Medical and sanitary report of the native army of Bengal for the year
Year: 1874
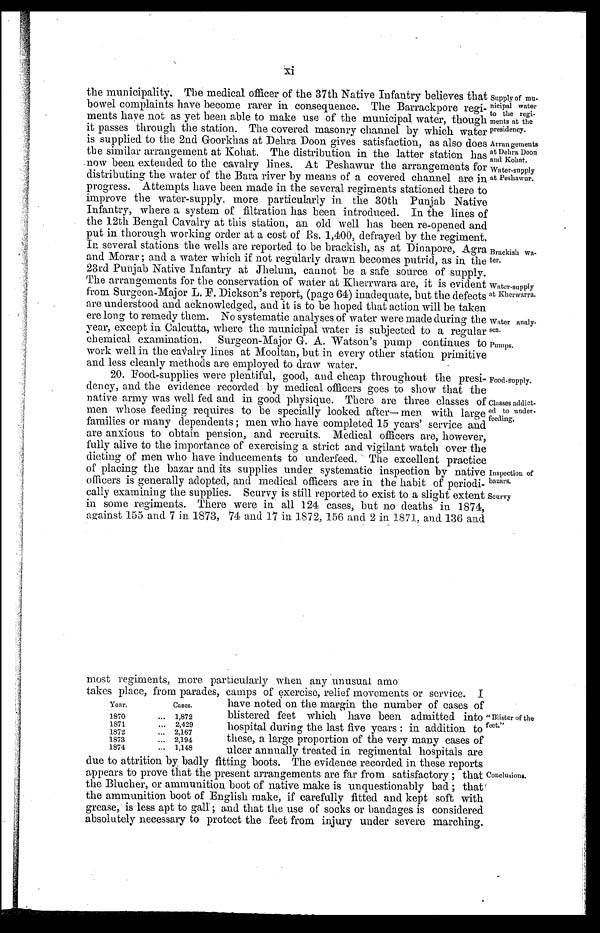
Supply of mu-
nicipal water
to the regi-
ments at the
presidency.
Arrangements
at Dehra Doon
and Kohat.
Water-supply
at Peshawur.
Brackish Wa-
ter.
Water-supply
at Kherwarra.
Water analy-
ses.
Pumps.
Food-supply.
Classes addict-
ed to under-
feeding.
Inspection of
bazars.
Scurvy
the municipality. The medical officer of the 37th Native Infantry believes that
bowel complaints have become rarer in consequence. The Barrackpore regi-
ments have not as yet been able to make use of the municipal water, though
it passes through the station. The covered masonry channel by which water
is supplied to the 2nd Goorkhas at Dehra Doon gives satisfaction, as also does
the similar arrangement at Kohat. The distribution in the latter station has
now been extended to the cavalry lines. At Peshawur the arrangements for
distributing the water of the Bara river by means of a covered channel are in
progress. Attempts have been made in the several regiments stationed there to
improve the water-supply, more particularly in the 30th Punjab Native
Infantry, where a system of filtration has been introduced. In the lines of
the 12th Bengal Cavalry at this station, an old well has been re-opened and
put in thorough working order at a cost of P.s. 1,400, defrayed by the regiment.
In several stations the wells are reported to be brackish, as at Dinapore, Agra
and Morar ; and a water which if not regularly drawn becomes putrid, as in the
23rd Punjab Native Infantry at Jhelum, cannot be a safe source of supply.
The arrangements for the conservation of water at Kherrwara are, it is evident
from Surgeon-Major L. F. Dickson's report, (page 64) inadequate, but the defects
are understood and acknowledged, and it is to be hoped that action will be taken
ere long to remedy them. No systematic analyses of water were made during the
year, except in Calcutta, where the municipal water is subjected to a regular
chemical examination. Surgeon-Major G. A. Watson's pump continues to
work well in the canvalry lines at Mooltan, but in every other station primitive
and less cleanly methods are employed to draw water.
20. Food-supplies were plentiful, good, and cheap throughout the presi-
dency, and the evidence recorded by medical officers goes to show that the
native army was well fed and in good physique. There are three classes of
men whose feeding requires to be specially looked after— men. with large
families or many dependents ; men who have completed 15 years' service and
are anxious to obtain pension, and recruits. Medical officers are, however,
fully alive to the importance of exercising a strict and vigilant watch over the
dieting of men who have inducements to underfeed. The excellent practice
of placing the bazar and its supplies under systematic inspection by native
officers is generally adopted, and medical officers are in the habit of periodi-
cally examining the supplies. Scurvy is still reported to exist to a slight extent
in some regiments. There were in all 124 cases, but no deaths in 1874,
against 155 and 7 in 1873, 74 and 17 in 1872, 156 and 2 in 1871, and 136 and
most regiments, more particularly when any unusual amo
takes place, from parades, camps of exercise, relief movements or service. I
Year.
Cases.
1870
... 1,872
1871
... 2,429
1872
... 2,167
1873
... 2,194
1874
... 1,148
have noted on the margin the number of cases of
blistered feet which have been admitted into
hospital during the last five years : in addition to
these, a large proportion of the very many cases of
ulcer annually treated in regimental hospitals are
" Blister of the
feet."
due to attrition by badly fitting boots. The evidence recorded in these reports
appears to prove that the present arrangements are far from satisfactory ; that
the Blucher, or ammunition boot of native make is unquestionably bad ; that
the ammunition boot of English make, if carefully fitted and kept soft with
grease, is less apt to gall ; and that the use of socks or bandages is considered
absolutely necessary to protect the feet from injury under severe marching.
Conclusions.